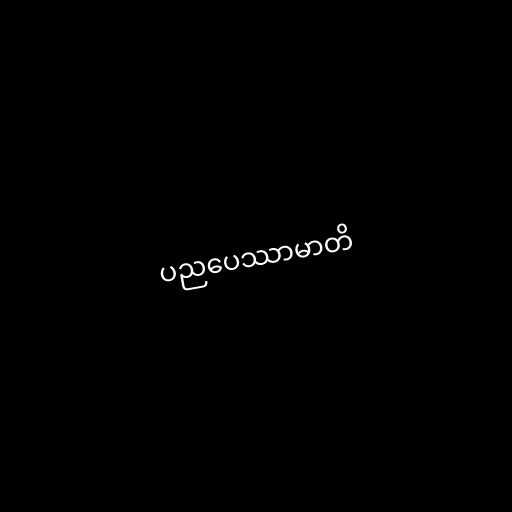
ပညပေဿာမာတိ